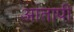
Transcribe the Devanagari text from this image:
आतापी